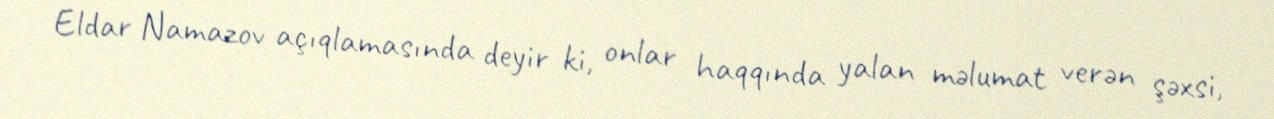
Eldar Namazov açıqlamasında deyir ki, onlar haqqında yalan məlumat verən şəxsi,